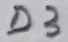
Text: D3